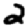
Digit: 2